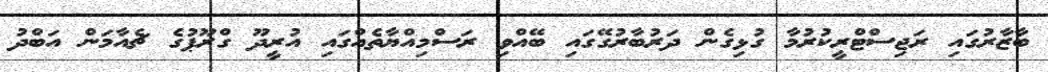
ބާޒާރުގައި ރަޖިސްޓްރީކުރުމާ ގުޅިގެން ދަރުބާރުގޭގައި ބޭއްވި ރަސްމިއްޔާތެއްގައި އުރީދޫ ގްރޫޕުގެ ޗެއާމަން އަބްދު